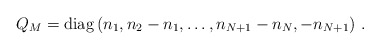
\begin{align*}Q_M = {\rm diag}\,(n_1, n_2-n_1, \dots, n_{N+1}-n_N, - n_{N+1}) \, \,.\end{align*}